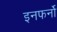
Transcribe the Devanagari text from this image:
इनफर्नो